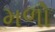
મળો